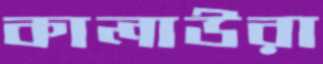
কালাউরা